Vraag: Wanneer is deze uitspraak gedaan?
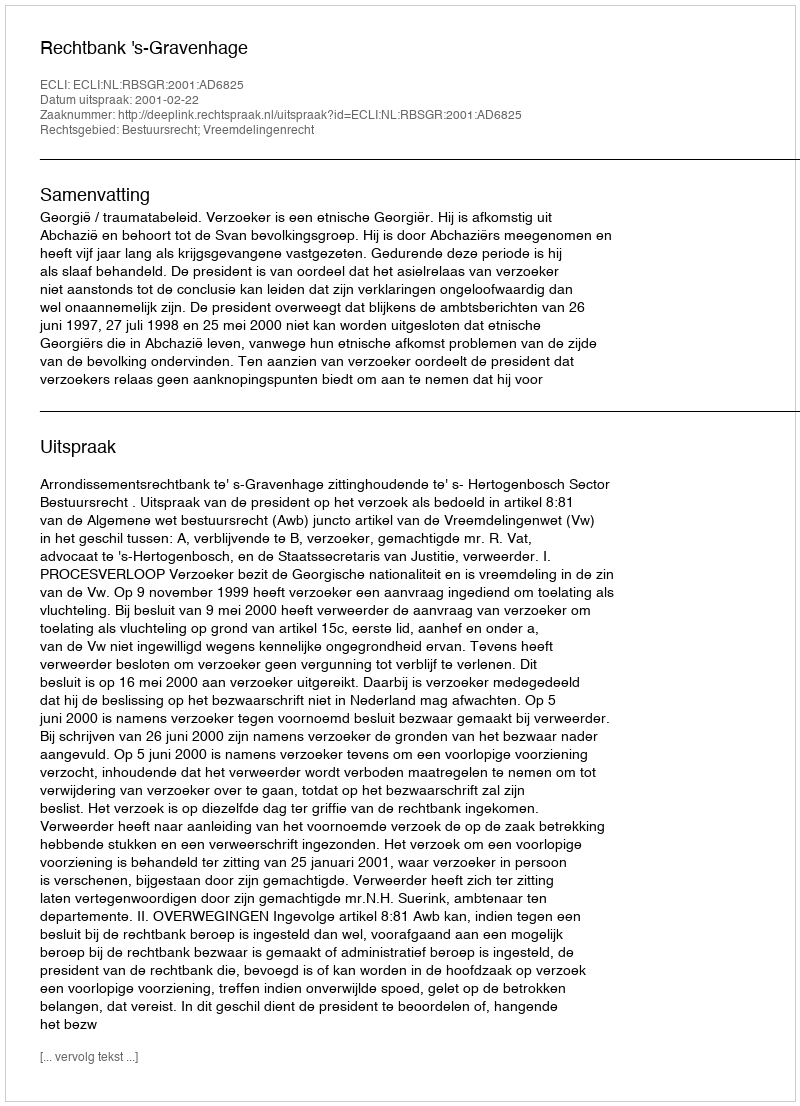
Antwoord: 2001-02-22